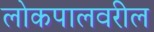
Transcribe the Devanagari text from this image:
लोकपालवरील